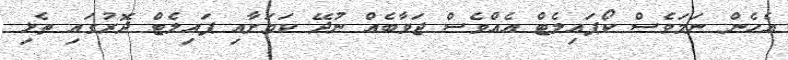
އެހެން ނަމަވެސް ކޯޕައިލެޓް އެއްވެސް ޖަވާބެއް ނުދޭ ކަމަށާއި ޕައިލެޓް ދޮރުގައި ތެޅި